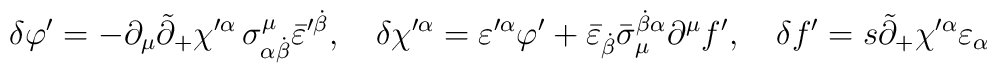
\delta \varphi ^{\prime }=-\partial _\mu \tilde{\partial}_{+}\chi ^{\prime\alpha }\,\sigma _{\alpha \dot{\beta}}^\mu \bar{\varepsilon}^{\prime \dot{\beta}},\quad \delta \chi ^{\prime \alpha }=\varepsilon ^{\prime \alpha}\varphi ^{\prime }+\bar{\varepsilon}_{\dot{\beta}}\bar{\sigma}_\mu ^{\dot{\beta}\alpha }\partial ^\mu f^{\prime },\quad \delta f^{\prime }=s\tilde{\partial}_{+}\chi ^{\prime \alpha }\varepsilon _\alpha